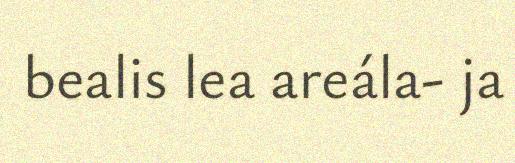
bealis lea areála- ja